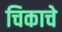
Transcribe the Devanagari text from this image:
चिकाचे